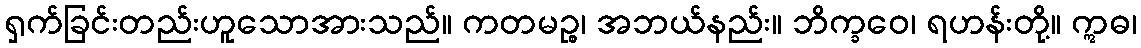
ရှက်ခြင်းတည်းဟူသောအားသည်။ ကတမဉ္စ၊ အဘယ်နည်း။ ဘိက္ခဝေ၊ ရဟန်းတို့။ ဣဓ၊